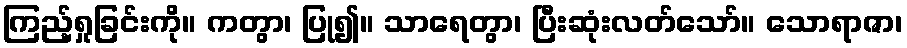
ကြည့်ရှုခြင်းကို။ ကတွာ၊ ပြု၍။ သာရေတွာ၊ ပြီးဆုံးလတ်သော်။ သောရာဇာ၊